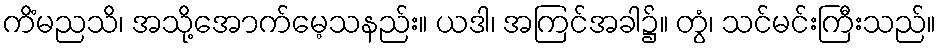
ကိံမညသိ၊ အသို့အောက်မေ့သနည်း။ ယဒါ၊ အကြင်အခါ၌။ တွံ၊ သင်မင်းကြီးသည်။